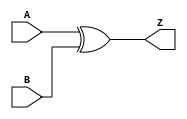
module xor_gate (
    input A,
    input B,
    output Z
);

assign Z = A ^ B; // XOR operation

endmodule